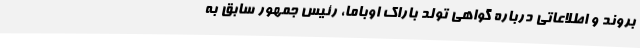
بروند و اطلاعاتی درباره گواهی تولد باراک اوباما، رئیس جمهور سابق به